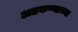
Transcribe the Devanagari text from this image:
अडकण्याच्या